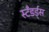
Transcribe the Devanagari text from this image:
स्टँडर्ड्स